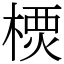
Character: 樮